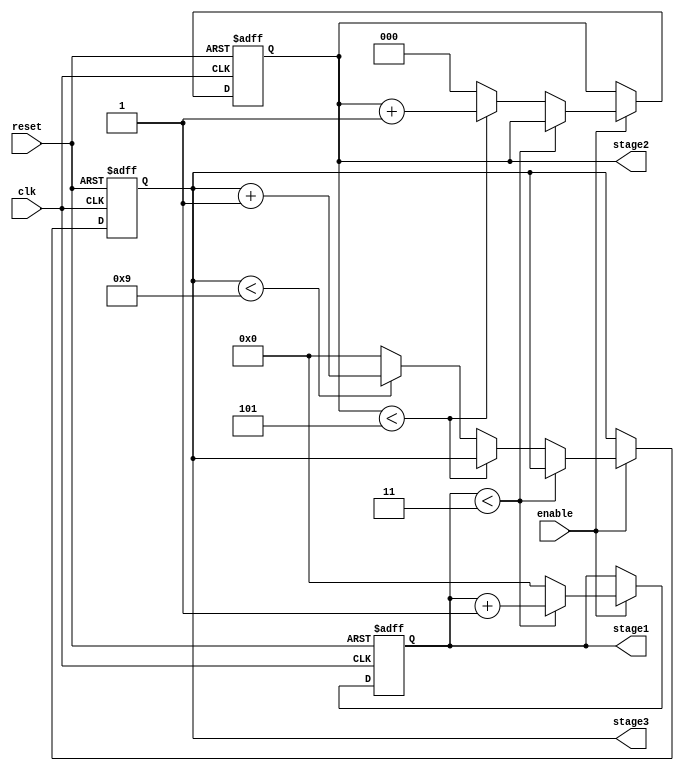
module mixed_radix_counter (
    input wire clk,                // Clock signal
    input wire reset,              // Asynchronous reset
    input wire enable,             // Enable signal
    output reg [3:0] stage1,      // Stage 1 output (4 states: 0-3)
    output reg [2:0] stage2,      // Stage 2 output (6 states: 0-5)
    output reg [3:0] stage3       // Stage 3 output (10 states: 0-9)
);

    // Radix values for each stage
    localparam R1 = 4; // Radix for stage 1
    localparam R2 = 6; // Radix for stage 2
    localparam R3 = 10; // Radix for stage 3

    // Counting mechanism
    always @(posedge clk or posedge reset) begin
        if (reset) begin
            // Reset all stages
            stage1 <= 0;
            stage2 <= 0;
            stage3 <= 0;
        end else if (enable) begin
            // Increment the counter
            if (stage1 < R1 - 1) begin
                stage1 <= stage1 + 1;
            end else begin
                stage1 <= 0; // Reset stage 1
                if (stage2 < R2 - 1) begin
                    stage2 <= stage2 + 1;
                end else begin
                    stage2 <= 0; // Reset stage 2
                    if (stage3 < R3 - 1) begin
                        stage3 <= stage3 + 1;
                    end else begin
                        stage3 <= 0; // Reset stage 3
                    end
                end
            end
        end
    end

endmodule